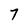
Character: 7